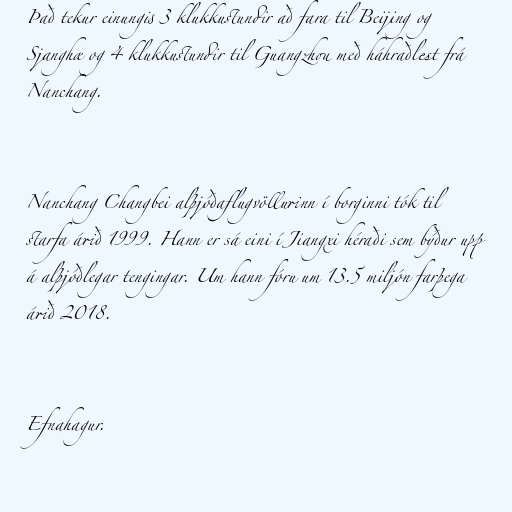
Það tekur einungis 3 klukkustundir að fara til Beijing og
Sjanghæ og 4 klukkustundir til Guangzhou með háhraðlest frá
Nanchang.

Nanchang Changbei alþjóðaflugvöllurinn í borginni tók til
starfa árið 1999. Hann er sá eini í Jiangxi héraði sem býður upp
á alþjóðlegar tengingar. Um hann fóru um 13.5 miljón farþega
árið 2018.

Efnahagur.